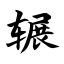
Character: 辗